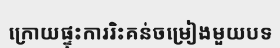
ក្រោយផ្ទុះការរិះគន់ចម្រៀងមួយបទ